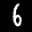
Label: 6